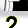
Digit: 2